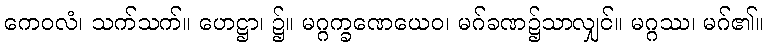
ကေဝလံ၊ သက်သက်။ ဟေဋ္ဌာ၊ ၌။ မဂ္ဂက္ခဏေယေဝ၊ မဂ်ခဏ၌သာလျှင်။ မဂ္ဂဿ၊ မဂ်၏။